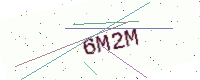
Text: 6M2M